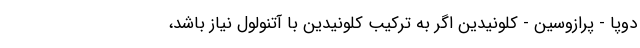
دوپا - پرازوسین - کلونیدین اگر به ترکیب کلونیدین با آتنولول نیاز باشد،